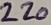
Text: 220